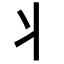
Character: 丬